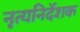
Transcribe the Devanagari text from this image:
नृत्यनिर्देशक